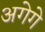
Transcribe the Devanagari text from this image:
अगेगे